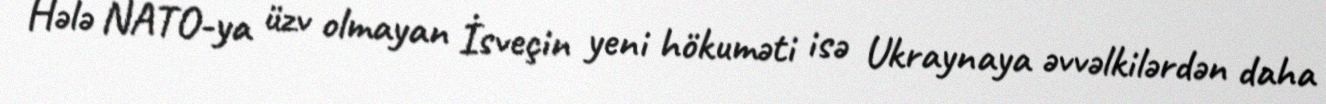
Hələ NATO-ya üzv olmayan İsveçin yeni hökuməti isə Ukraynaya əvvəlkilərdən daha